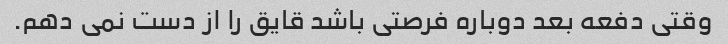
وقتی دفعه بعد دوباره فرصتی باشد قایق را از دست نمی دهم.